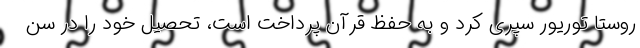
روستا توریور سپری کرد و به حفظ قرآن پرداخت است، تحصیل خود را در سن